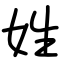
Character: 姓